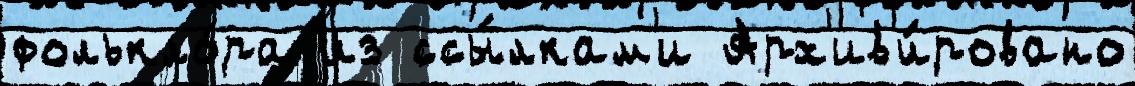
фолькло́ра из ссы́лкам'и Арх'ив'и́ровано